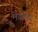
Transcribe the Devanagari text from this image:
मेयलर